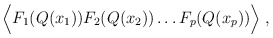
\begin{align*}\Big\langle F_1(Q(x_1))F_2(Q(x_2))\dots F_p(Q(x_p))\Big\rangle \;, \end{align*}